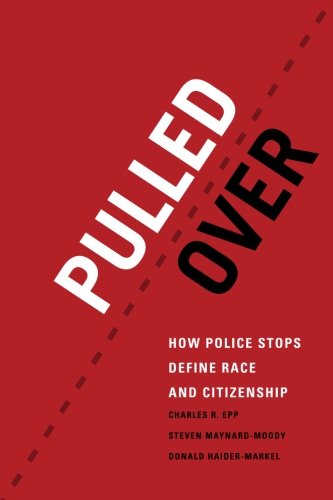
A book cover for Pulled Over: How Police Stops Define Race and Citizenship (Chicago Series in Law and Society); Charles R. Epp; Law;